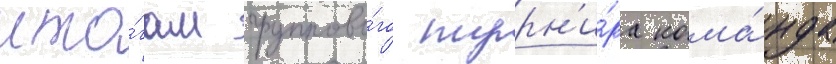
ито́гам группово́го турн'и́ра кома́нда